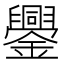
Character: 𨯜